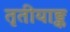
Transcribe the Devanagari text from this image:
तृतीयाङ्क